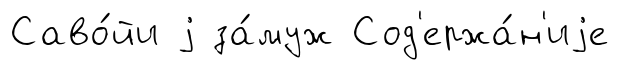
Саво́йи j за́муж Сод'ержа́н'иjе